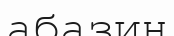
абазин